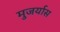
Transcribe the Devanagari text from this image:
मुजर्यास